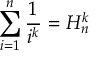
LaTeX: \sum _ { i = 1 } ^ { n } { \frac { 1 } { i ^ { k } } } = H _ { n } ^ { k }